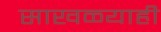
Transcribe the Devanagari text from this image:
साखळ्याही